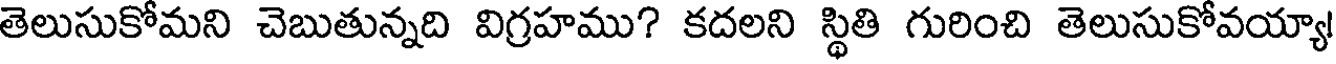
తెలుసుకోమని చెబుతున్నది విగ్రహము? కదలని స్థితి గురించి తెలుసుకోవయ్యా